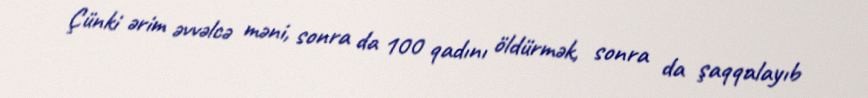
Çünki ərim əvvəlcə məni, sonra da 100 qadını öldürmək, sonra da şaqqalayıb